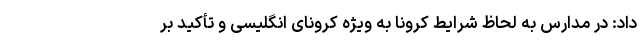
داد: در مدارس به لحاظ شرایط کرونا به ویژه کرونای انگلیسی و تأکید بر